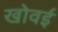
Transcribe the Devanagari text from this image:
खोवई